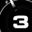
Digit: 3